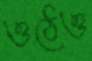
ওঠেও